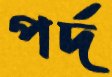
পর্দ